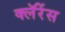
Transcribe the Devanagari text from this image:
क्लॅरेंस